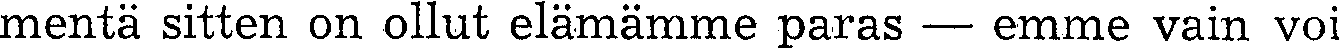
mentä sitten on ollut elämämme paras — emme vain voi